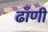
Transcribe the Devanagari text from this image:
ढाँणी